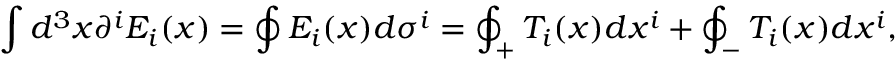
\int d ^ { 3 } x \partial ^ { i } { \cal E } _ { i } ( x ) = \oint { \cal E } _ { i } ( x ) d \sigma ^ { i } = \oint _ { + } { \cal T } _ { i } ( x ) d x ^ { i } + \oint _ { - } { \cal T } _ { i } ( x ) d x ^ { i } ,